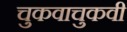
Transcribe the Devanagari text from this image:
चुकवाचुकवी